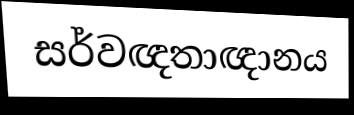
සර්වඥතාඥානය